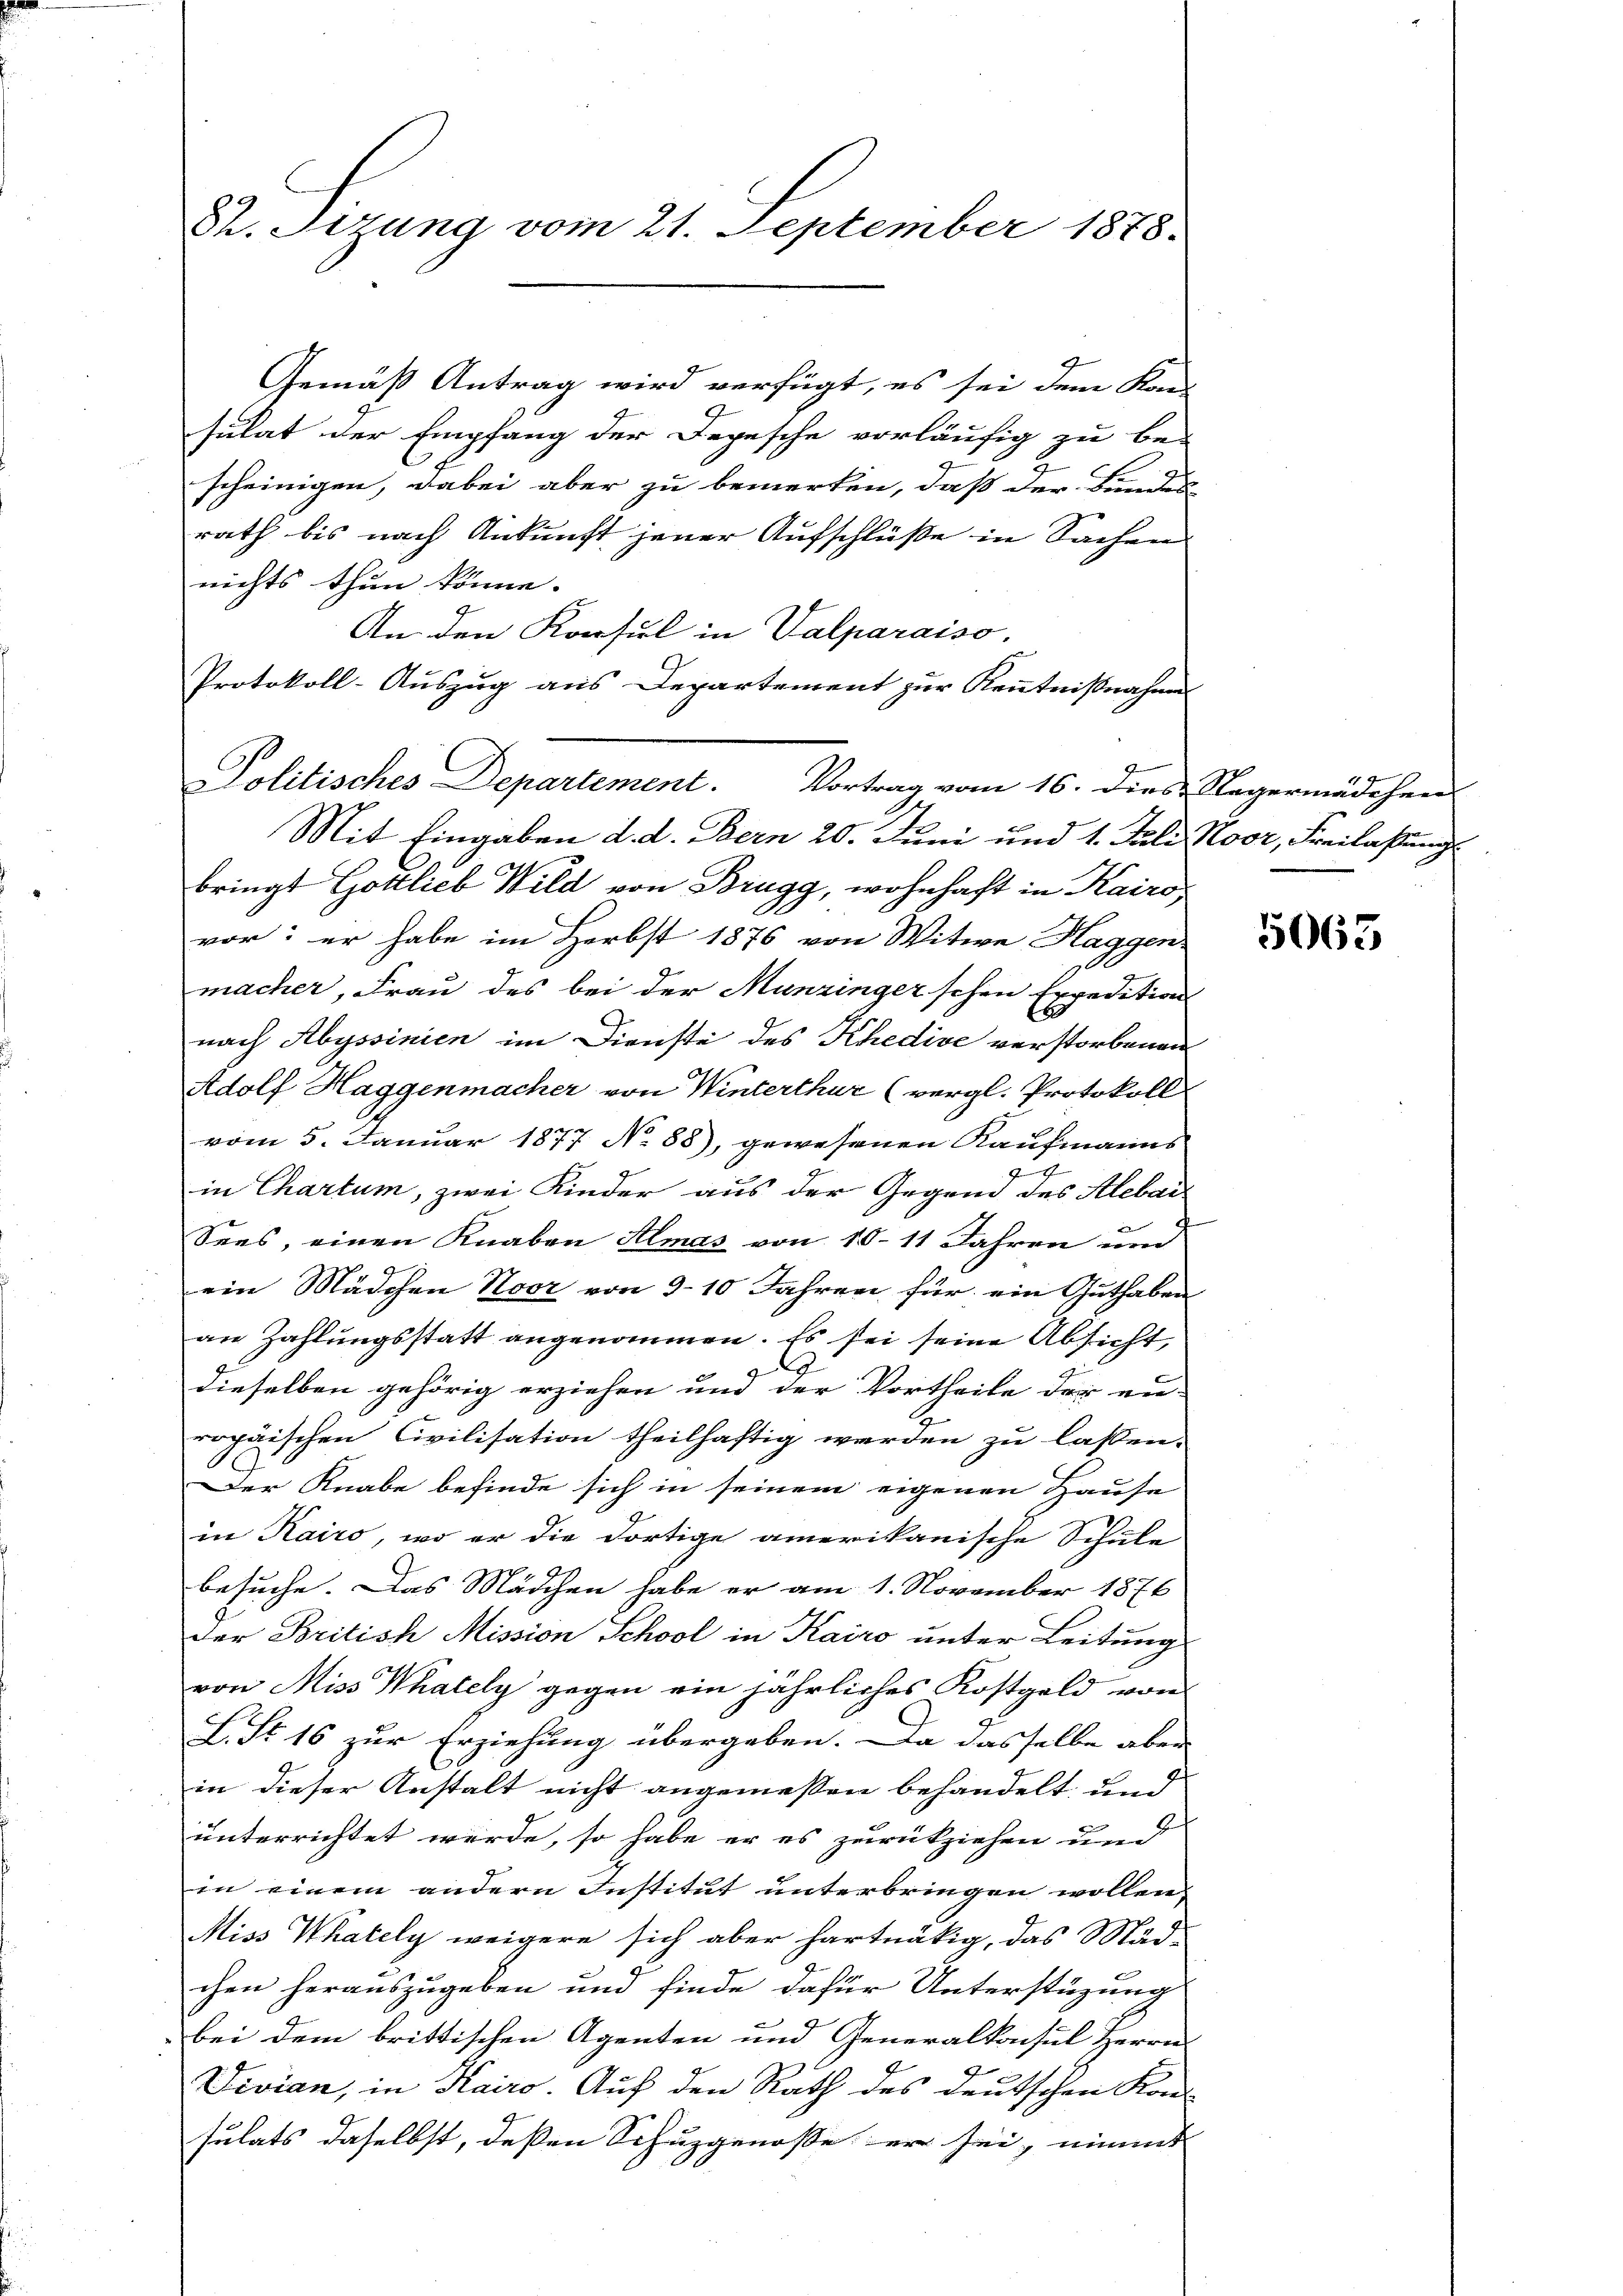
Ch. Sitzung vom 21. September 1878.

Gemäß Antrag wird verfügt, es sei dem Kon-
sulat der Empfang der Depesche vorläufig zu be-
scheinigen, dabei aber zu bemerken, daß der Bundes
rath bis nach Ankunft jener Aufschlüße in Sachen
nichts thun könne.
An den Konsul in Valparaiso
Protokoll-Auszug aus Departement zur Kenntnißnahme
Mit Eingaben d. d. Bern 20. Juni und 1. Juli Noor, Freilassung
bringt Gottlieb Wild von Brugg, wohnhaft in Kairo
vor: er habe im Herbst 1876 von Witwe Haggen-
macher, Frau des bei der Munzinger'schen Expedition
nach Abyssinien im Dienste des Khedive verstorbenen
Adolf Haggenmacher von Winterthur (vergl. Protokoll
vom 5. Januar 1877 No 88), gewesenen Kaufmanns
g
in Chartum, zwei Kinder aus der Gegend des Alebac
Sees, einen Knaben Almas von 10–11 Jahren und
ein Mädchen Noor von 9-10 Jahren für ein Guthaben
an Zahlungsstatt angenommen. Es sei seine Absicht,
dieselben gehörig erziehen und der Vortheile der en-
ropäischen Civilisation theilhaftig werden zu lassen.
Der Knabe befinde sich in seinem eigenen Hause
in Kairo, wo er die dortige amerikanische Schule
.
besuche. Das Mädchen habe er am 1. November 1876
Der Britisch Mission School in Kairo unter Leitung
von Miss Whately gegen ein jährliches Kostgeld von
L. St. 16 zur Erziehung übergeben. Da dasselbe aber
in dieser Anstalt nicht angemeßen behandelt, und
unterrichtet werde, so habe er es zurückziehen und
in einem andern Institut unterbringen wollen,
Miss Whately weigere sich aber hartnätig, das Mäd-
chen herauszugeben und finde dafür Unterstüzung
bei dem brittischen Agenten und Generalkonsul Herrn
Divian, in Kairo. Auf den Rath des deutschen Kon-
sulats daselbst, deßen Schuzgenosse er sei, nimmt |

Politisches Departement. Vortrag vom 16. dies Regermädchen

5063